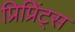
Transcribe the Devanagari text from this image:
प्रिप्रिंट्स